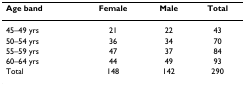
| Age band | Female | Male | Total |
 | --- | --- | --- | --- |
 | 45–49 yrs | 21 | 22 | 43 |
 | 50–54 yrs | 36 | 34 | 70 |
 | 55–59 yrs | 47 | 37 | 84 |
 | 60–64 yrs | 44 | 49 | 93 |
 | Total | 148 | 142 | 290 |